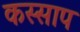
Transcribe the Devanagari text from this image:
कस्साप